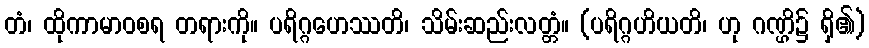
တံ၊ ထိုကာမာဝစရ တရားကို။ ပရိဂ္ဂဟေဿတိ၊ သိမ်းဆည်းလတ္တံ။ (ပရိဂ္ဂဟိယတိ၊ ဟု ဂဏ္ဌိ၌ ရှိ၏)